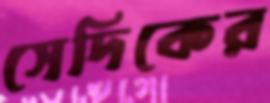
সেদিকের